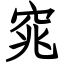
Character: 窕